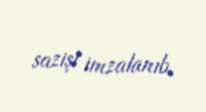
sazişi imzalanıb.